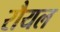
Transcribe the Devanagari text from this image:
रौयल